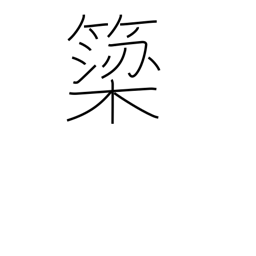
Meaning: weir